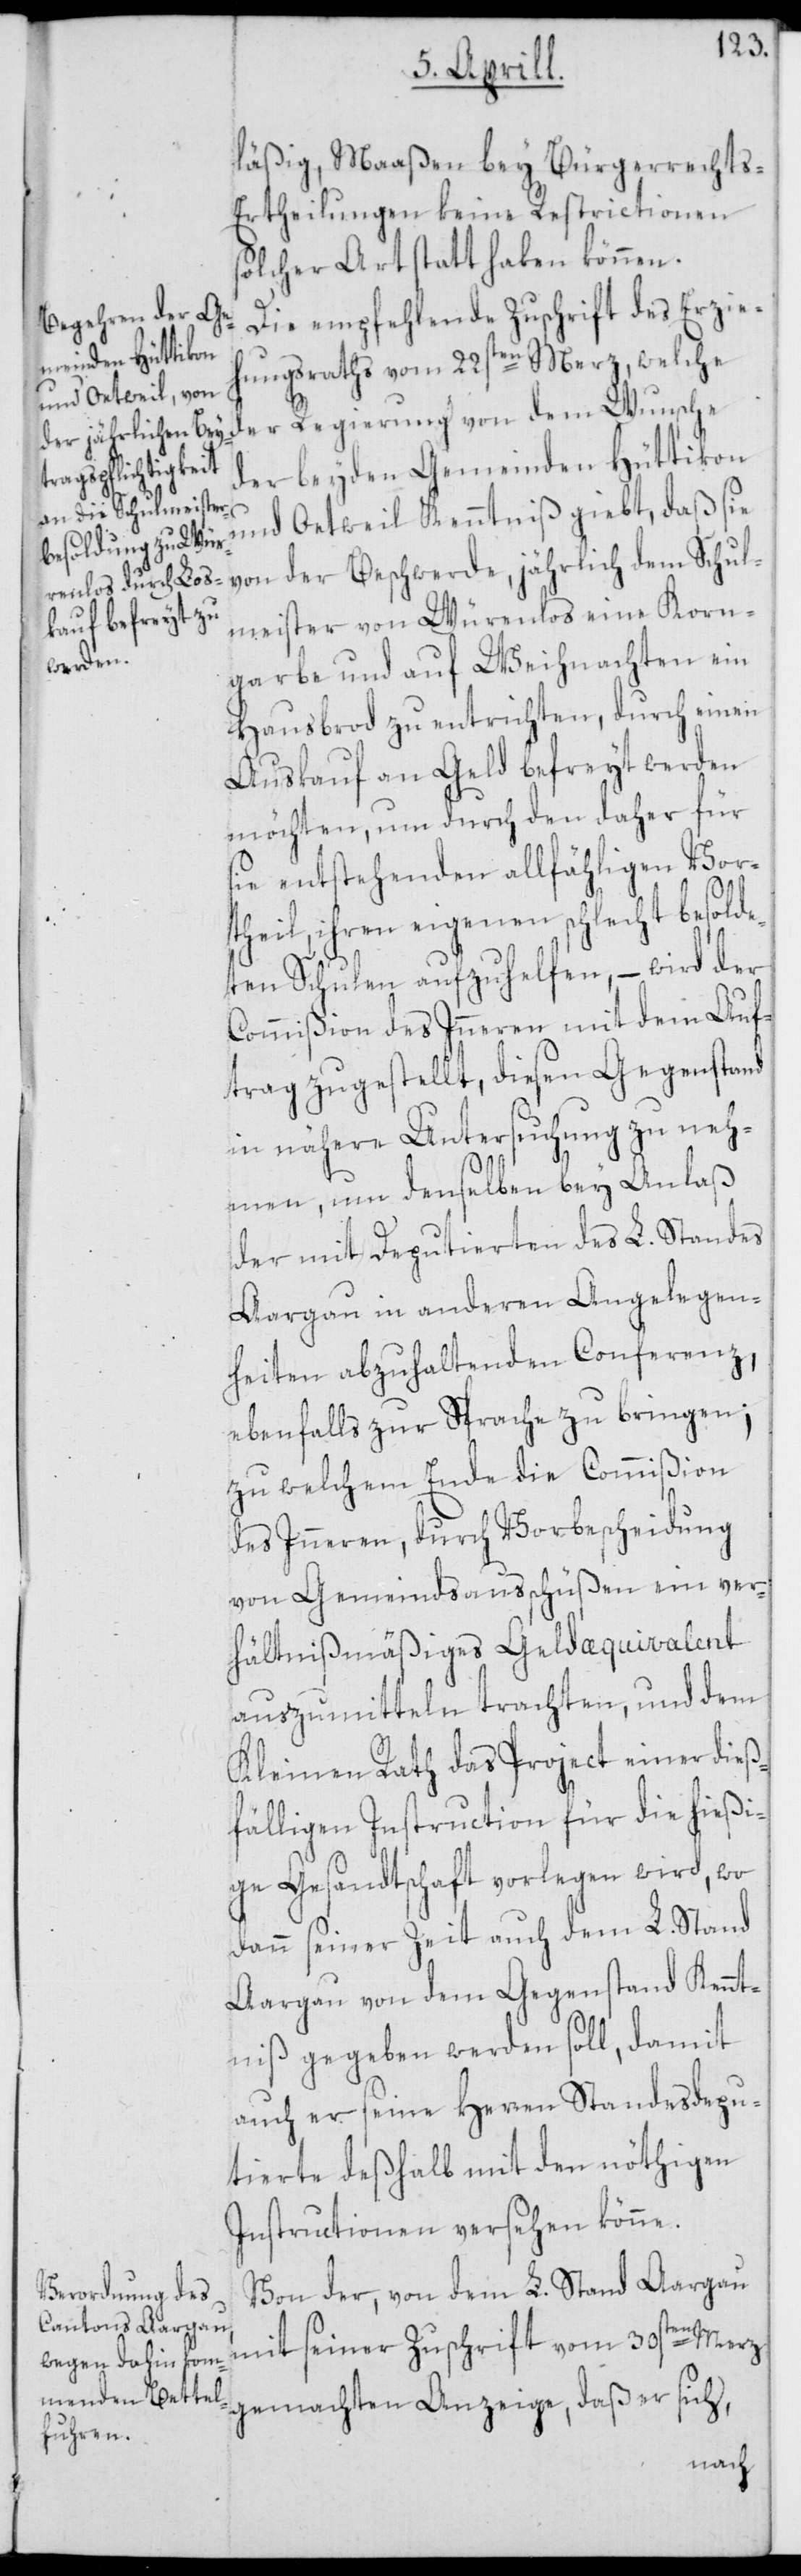
läßig, Maaßen bey Bürgerrechts-E¬
rtheilungen keine Restrictionen
solcher Art statt haben können.
Die empfehlende Zuschrift des Erzie¬
dem Schul¬
hungsraths vom 22sten Merz, welche
der beyden Gemeinden Hüttikon
der Beschwerde,
und Oetwil Kenntniß giebt, daß sie
meister von Würenlos eine Korn¬
garbe und auf Weihnachten ein
Hausbrod zu entrichten, durch einen
Auskauf an Geld befreyt werden
möchten, um durch den daher für
sie entstehenden allfähligen Vor¬
theil, ihren eigenen schlecht besolde¬
ten Schulen aufzuhelfen, – wird der
Commißion des Inneren mit dem Auf¬
trag zugestellt, diesen Gegenstand
in nähere Untersuchung zu neh¬
men, um denselben bey Anlaß
der mit Deputierten des L. Standes
Aargau in anderen Angelegen¬
heiten abzuhaltenden Conferenz,
ebenfalls zur Sprache zu bringen;
zu welchem Ende die Commißion
des Inneren, durch Vorbescheidung
von Gemeindsausschüßen ein ver¬
hältnißmäßiges Geldæquivalent
auszumitteln trachten, und dem
Kleinen Rath das Project einer dieß¬
fälligen Instruction für die hießi¬
ge Gesandtschaft vorlegen wird, wo
dann seiner Zeit auch dem L. Stand
Aargau von dem Gegenstand Kennt¬
niß gegeben werden soll, damit
auch er seine Herren Standesdepu¬
tierte deßhalb mit den nöthigen
Instructionen versehen könne.
Von der, von dem L. Stand Aargau
mit seiner Zuschrift vom 30sten Merz
gemachten Anzeige, daß er sich,